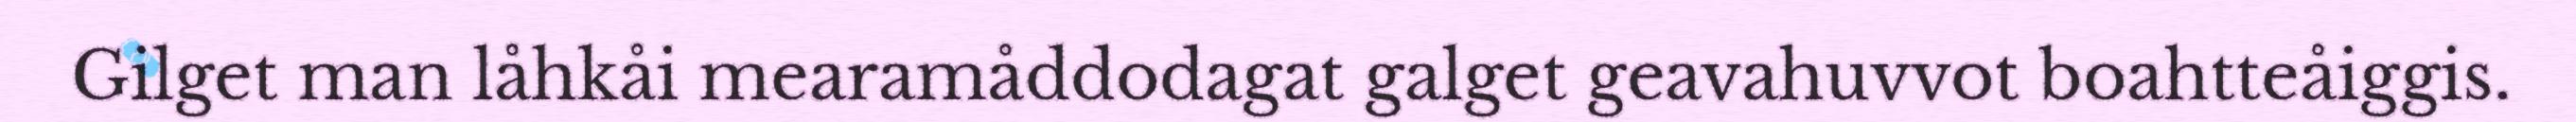
Gilget man låhkåi mearamåddodagat galget geavahuvvot boahtteåiggis.